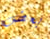
بعض